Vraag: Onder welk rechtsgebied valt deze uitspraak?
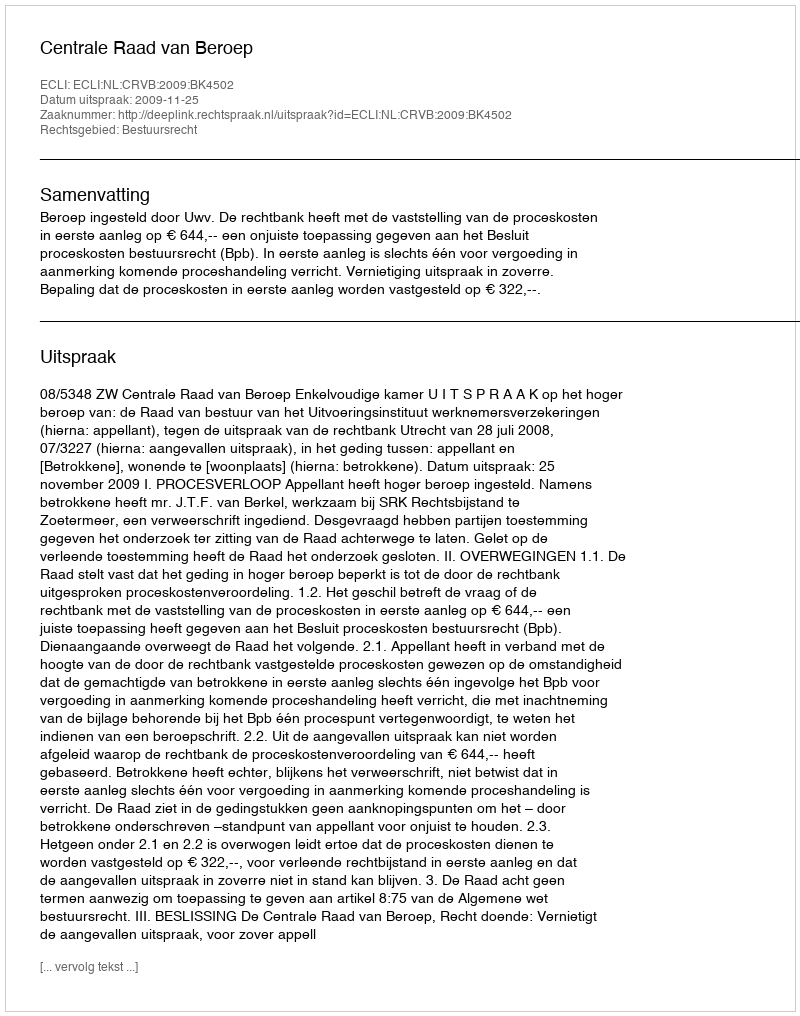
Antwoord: Bestuursrecht